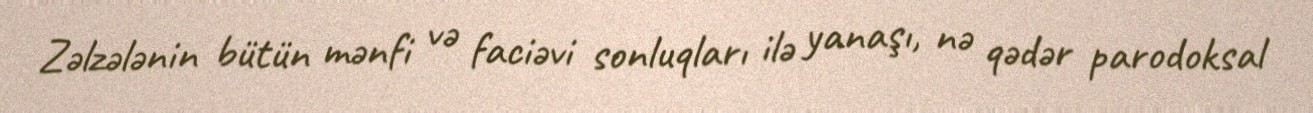
Zəlzələnin bütün mənfi və faciəvi sonluqları ilə yanaşı, nə qədər parodoksal